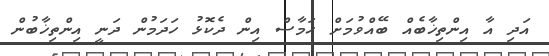
އަދި އާ އިންތިޚާބެއް ބޭއްވުމަށް ހަމާސް އިން ދެކޮޅު ހަދަމުން ދަނީ އިންތިޚާބުން